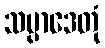
သမ္ပာဒေတုံ